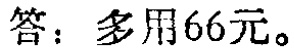
答：多用66元。